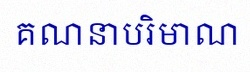
គណនាបរិមាណ